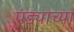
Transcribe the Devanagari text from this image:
पंड्याच्या